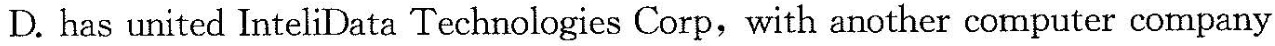
D.has united InteliData Technologies Corp, with another computer company